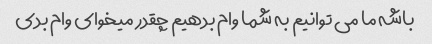
باشه ما می توانیم به شما وام بدهیم چقدر میخوای وام بدی